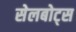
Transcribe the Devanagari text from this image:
सेलबोट्स